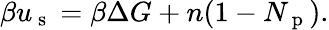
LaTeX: \beta u_{\mathrm{~s~}}=\beta\Delta G+n(1-N_{\mathrm{~p~}}).